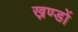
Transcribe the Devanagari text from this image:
ख़ण्डों